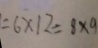
= 6 \times 1 2 = 8 \times 9